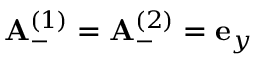
{ \bf A } _ { - } ^ { ( 1 ) } = { \bf A } _ { - } ^ { ( 2 ) } = { \bf e } _ { y }